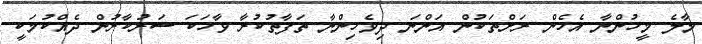
މާލެ މީހުންނާ އެހެން ރަށްތަކުން އަންނަ ދިވެހިންނާ ތަފާތުކުރާ ވާހަކަ ސަރުކާރުން ދެއްކުމަކީ